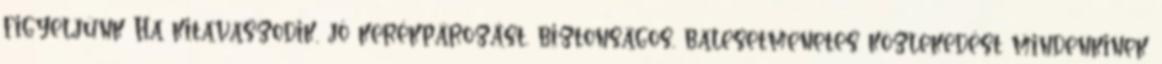
figyeljünk Ha kitavaszodik, jó kerékpározást, biztonságos, balesetmenetes közlekedést mindenkinek